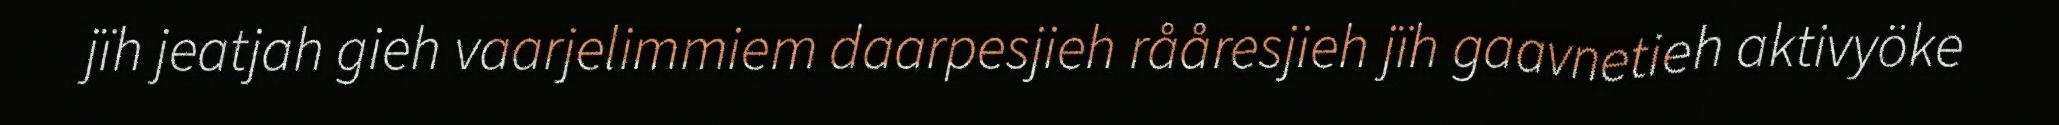
jïh jeatjah gieh vaarjelimmiem daarpesjieh rååresjieh jïh gaavnetieh aktivyöke